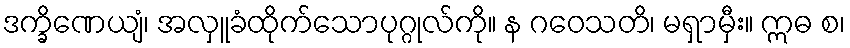
ဒက္ခိဏေယျံ၊ အလှူခံထိုက်သောပုဂ္ဂုလ်ကို။ န ဂဝေသတိ၊ မရှာမှီး။ ဣဓ စ၊